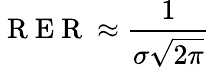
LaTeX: \mathrm{~R~E~R~}\approx\frac{1}{\sigma\sqrt{2\pi}}